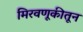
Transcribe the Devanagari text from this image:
मिरवणूकीतून